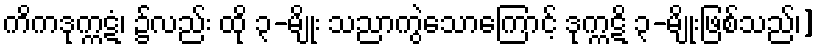
ကိကဒုက္ကဋံ၊ ၌လည်း ထို ၃-မျိုး သညာကွဲသောကြောင့် ဒုက္ကဋိ ၃-မျိုးဖြစ်သည်၊]